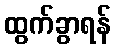
ထွက်ခွာရန်